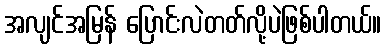
အလျင်အမြန် ပြောင်းလဲတတ်လို့ပဲဖြစ်ပါတယ်။